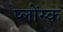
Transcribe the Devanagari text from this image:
प्लोंस्क